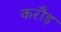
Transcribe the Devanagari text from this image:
करौड़